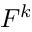
F ^ { k }